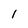
Character: 1